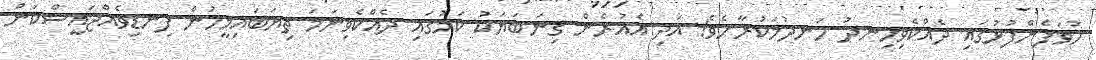
ހުވަފެންފުޅުގައި ދެއްކެވިހިނދު ހަނދުމަކުރާށެވެ! އަދި އެއުރެން ގިނަބަޔަކު ކަމުގައި ދެއްކެވިނަމަ ތިޔަބައިމީހުން ފިނޑިވެއްޖައީސްކަން